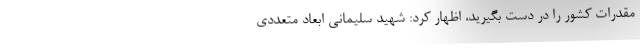
مقدرات کشور را در دست بگیرید، اظهار کرد: شهید سلیمانی ابعاد متعددی